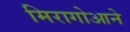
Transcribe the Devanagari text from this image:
मिरागोआने